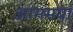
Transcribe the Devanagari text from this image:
आगमया